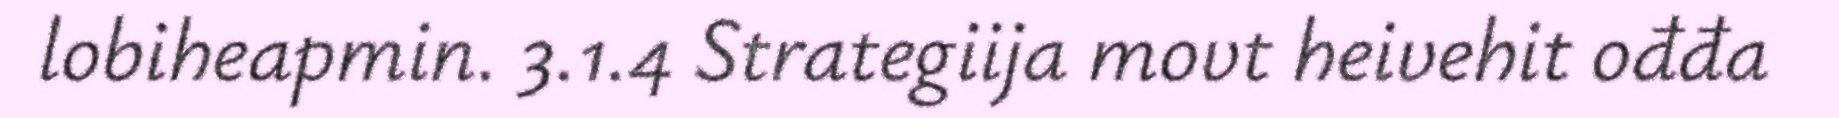
lobiheapmin. 3.1.4 Strategiija movt heivehit ođđa